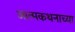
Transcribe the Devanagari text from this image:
आत्मकथनाच्या